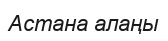
Астана алаңы